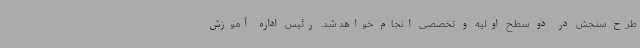
طرح سنجش در دو سطح اولیه و تخصصی انجام خواهد شد. رئیس اداره آموزش